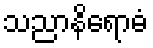
သညာနိရောဓံ